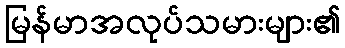
မြန်မာအလုပ်သမားများ၏